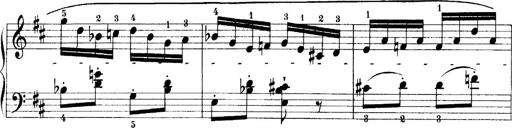
Title: 4 Sonatines
Composer: Max Reger